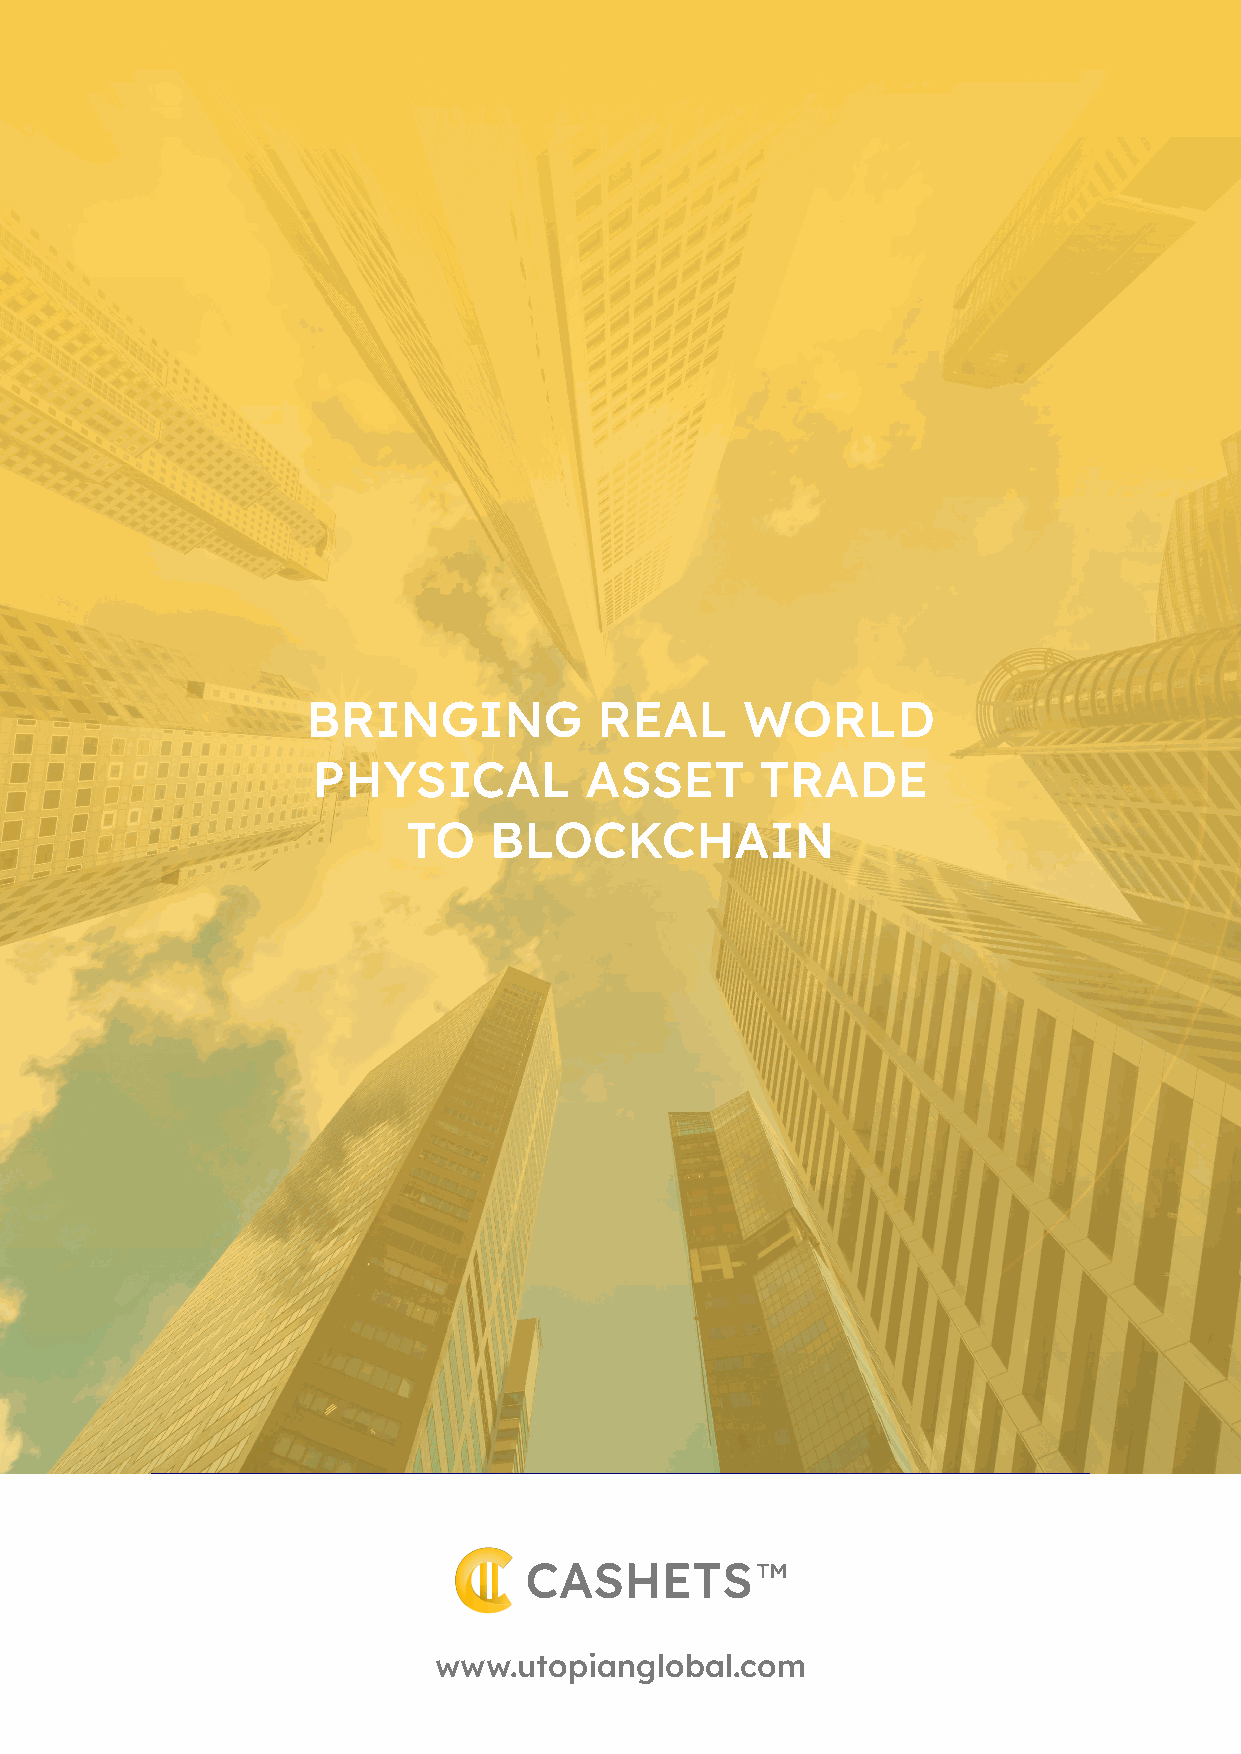
BRINGING            REAL     WORLD
 PHYSICAL          ASSET      TRADE
 TO   BLOCKCHAIN
 www.utopianglobal.com